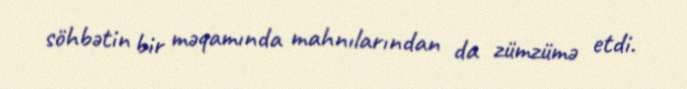
söhbətin bir məqamında mahnılarından da zümzümə etdi.